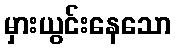
မှားယွင်းနေသော